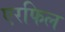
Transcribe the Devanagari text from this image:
एरफिल